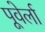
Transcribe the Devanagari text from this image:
पूवेर्ला